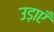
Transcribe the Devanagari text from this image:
उड़ाएँ